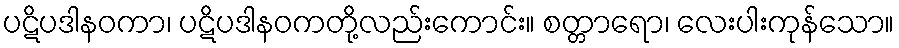
ပဋိပဒါနဝကာ၊ ပဋိပဒါနဝကတို့လည်းကောင်း။ စတ္တာရော၊ လေးပါးကုန်သော။